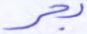
بحر